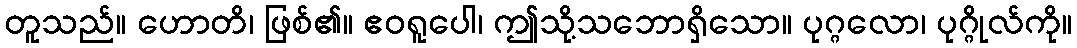
တူသည်။ ဟောတိ၊ ဖြစ်၏။ ဧဝရူပေါ၊ ဤသို့သဘောရှိသော။ ပုဂ္ဂလော၊ ပုဂ္ဂိုလ်ကို။